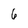
Character: 6